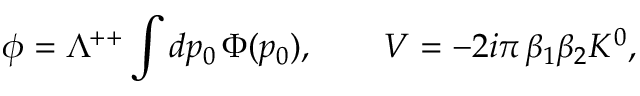
\phi = \Lambda ^ { + + } \int d p _ { 0 } \, \Phi ( p _ { 0 } ) , \qquad V = - 2 i \pi \, \beta _ { 1 } \beta _ { 2 } K ^ { 0 } ,